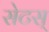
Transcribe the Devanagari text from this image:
सेटस्